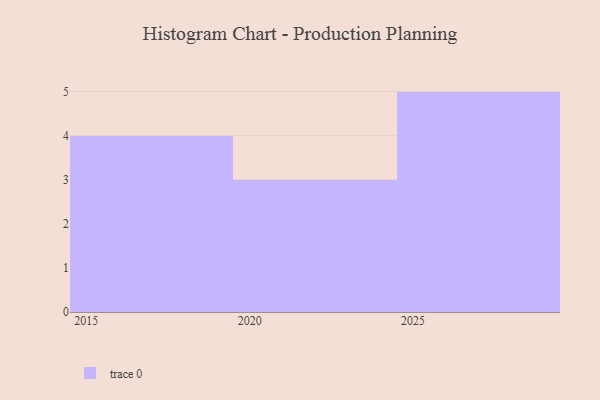
{"axis": {"x": "Year", "y": "Latency (ms)"}, "legend": [""], "data": [{"x": "2016", "y": 72, "type": ""}, {"x": "2023", "y": 60, "type": ""}, {"x": "2019", "y": 63, "type": ""}, {"x": "2015", "y": 96, "type": ""}, {"x": "2017", "y": 68, "type": ""}, {"x": "2024", "y": 47, "type": ""}, {"x": "2029", "y": 93, "type": ""}, {"x": "2020", "y": 46, "type": ""}, {"x": "2027", "y": 38, "type": ""}, {"x": "2025", "y": 11, "type": ""}, {"x": "2028", "y": 57, "type": ""}, {"x": "2026", "y": 77, "type": ""}]}